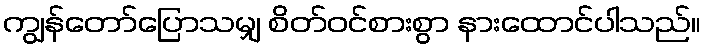
ကျွန်တော်ပြောသမျှ စိတ်ဝင်စားစွာ နားထောင်ပါသည်။